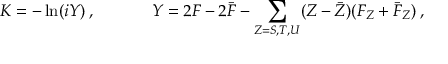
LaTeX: K = - \ln ( i Y ) \: , ~ ~ ~ ~ ~ ~ ~ ~ ~ ~ Y = 2 F - 2 \bar { F } - { \sum _ { Z = S , T , U } } ( Z - \bar { Z } ) ( F _ { Z } + \bar { F } _ { Z } ) \: ,